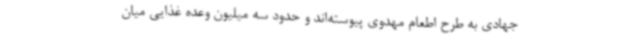
جهادی به طرح اطعام مهدوی پیوسته‌اند و حدود سه میلیون وعده غذایی میان